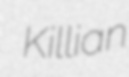
Killian